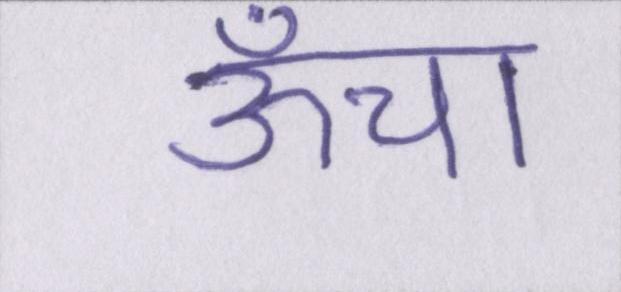
ऊँचा